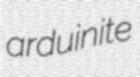
arduinite